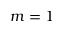
m = 1